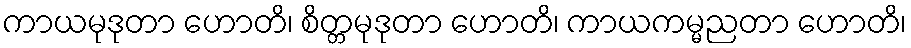
ကာယမုဒုတာ ဟောတိ၊ စိတ္တမုဒုတာ ဟောတိ၊ ကာယကမ္မညတာ ဟောတိ၊